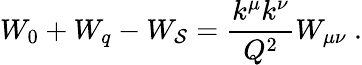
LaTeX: W_{0}+W_{q}-W_{\mathcal{S}}={\frac{{k^{\mu}k^{\nu}}}{{Q^{2}}}}W_{\mu\nu}\ .